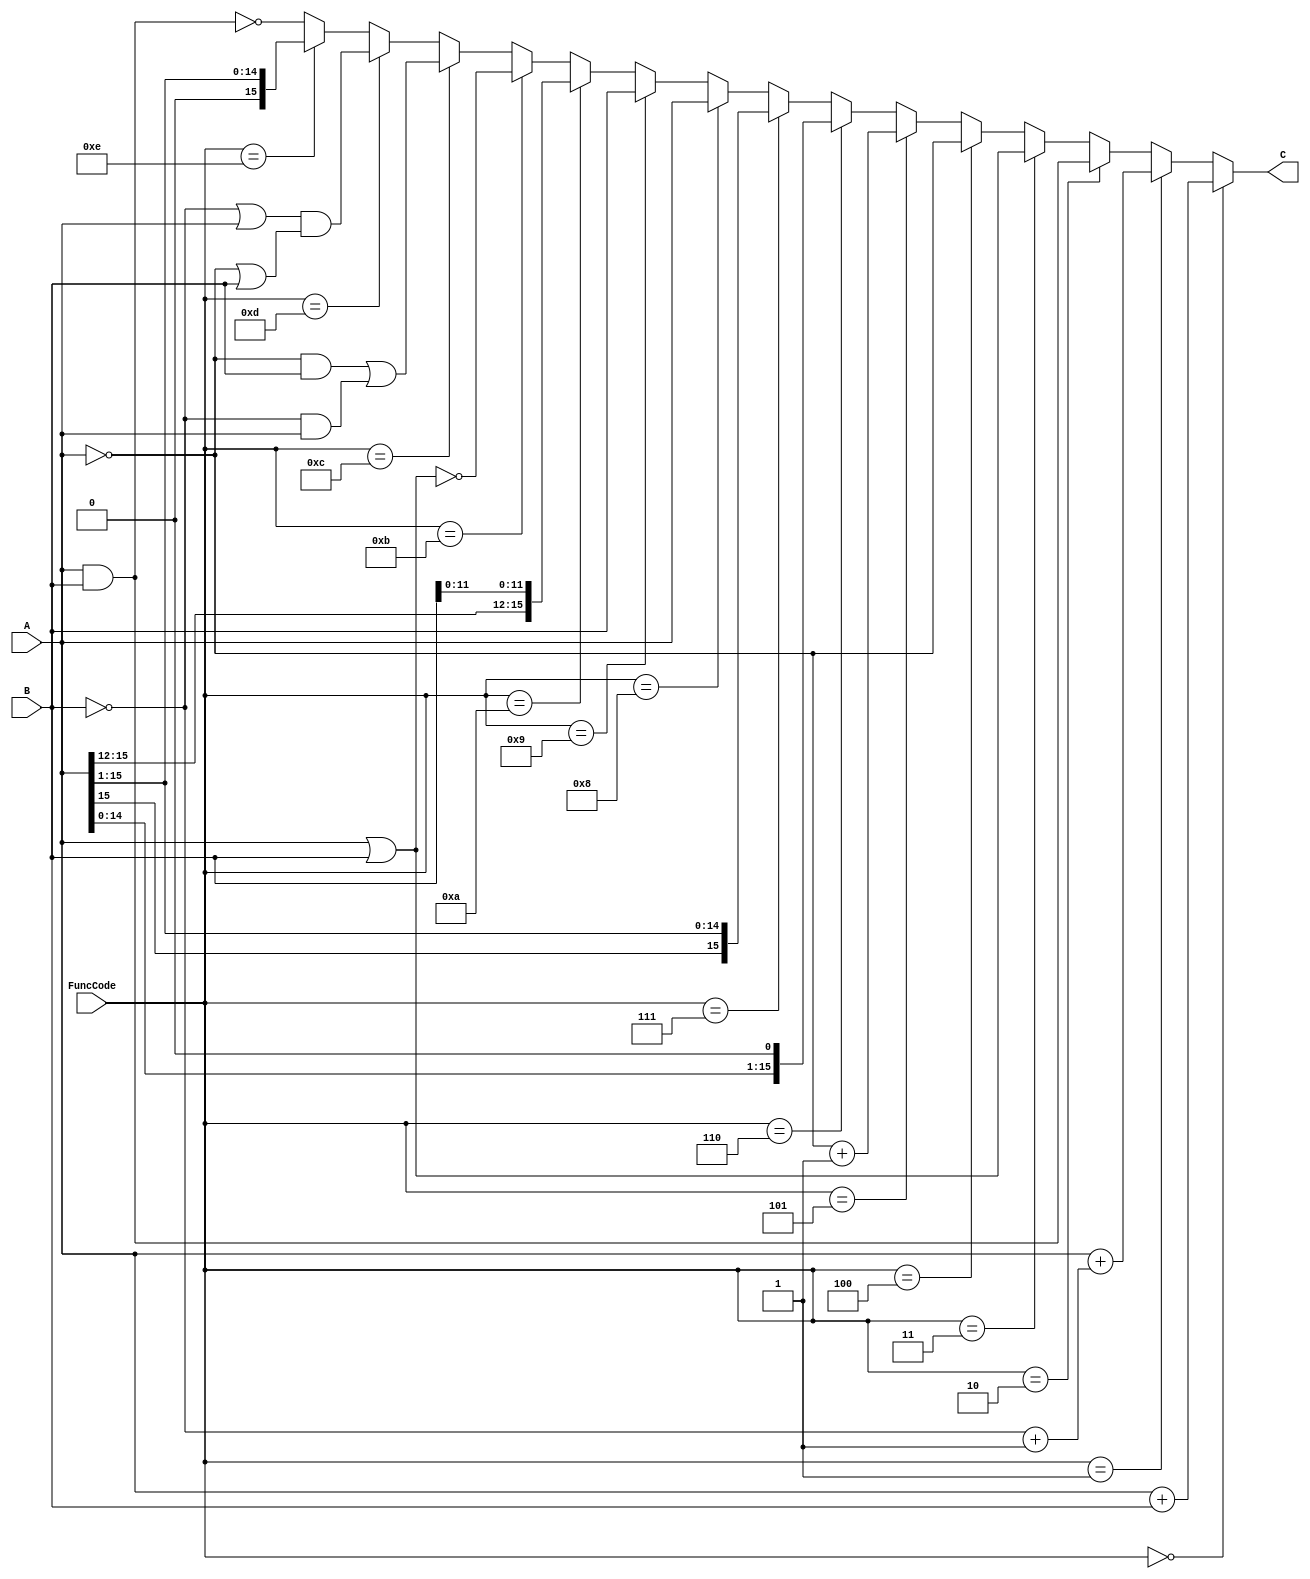
`timescale 1ns / 100ps

`define	NumBits	16

module ALU (A, B, FuncCode, C);
	input wire [`NumBits-1:0] A;
	input wire [`NumBits-1:0] B;
	input [3:0] FuncCode;
	output reg [`NumBits-1:0] C;

	reg OverflowFlag;
	reg [`NumBits:0] ltemp;
	reg [`NumBits-1:0] negB;

	initial begin
		C = 0;	
	end					   	
	always @(*) begin
		OverflowFlag = 0;	
		if (FuncCode == 4'b0000) begin
			ltemp = {1'b1,A[15:0]} + {1'b1,B[15:0]};
			C = ltemp[15:0];
		end
		else if (FuncCode == 4'b0001) begin
			negB = ~B+1;
			ltemp = {1'b1,A[15:0]} + {1'b1,negB[15:0]};
			C = ltemp[15:0];
		end
		else if (FuncCode == 4'b0010) begin
			C = A&B;
		end
		else if (FuncCode == 4'b0011) begin
			C = A|B;
		end
		else if (FuncCode == 4'b0100) begin
			C = ~A;
		end
		else if (FuncCode == 4'b0101) begin
			C = ~A+1;
		end
		else if (FuncCode == 4'b0110) begin
			C = A << 1;
		end
		else if (FuncCode == 4'b0111) begin
			C = A >> 1;
			C = {A[15],C[14:0]};
		end
		else if (FuncCode == 4'b1000) begin
			C = A;
		end
		else if (FuncCode == 4'b1001) begin
			C = B;
		end	
		else if (FuncCode == 4'b1010) begin
			C = {A[15:12],B[11:0]};
		end
		else if (FuncCode == 4'b1011) begin
			C = ~(A|B);
		end
		else if (FuncCode == 4'b1100) begin
			C = ((~A)&B) | ((~B)&A);
		end
		else if (FuncCode == 4'b1101) begin
			C = ((~B)|A) & ((~A)|B);
		end	
		else if (FuncCode == 4'b1110) begin
			C = A >> 1;
		end		
		else begin
			C = ~(A&B);	
		end
	end
endmodule